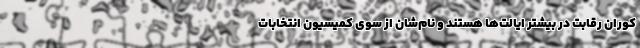
کوران رقابت در بیشتر ایالت‌ها هستند و نام‌شان از سوی کمیسیون انتخابات